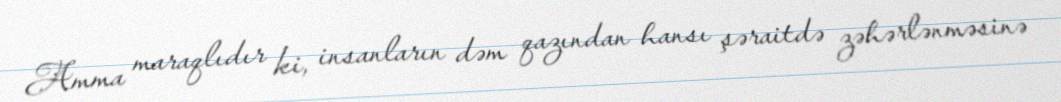
Amma maraqlıdır ki, insanların dəm qazından hansı şəraitdə zəhərlənməsinə